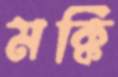
মক্কি